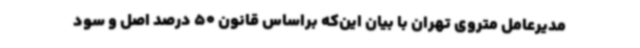
مدیرعامل متروی تهران با بیان این‌که براساس قانون 50 درصد اصل و سود